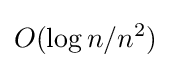
O(\log {n}/n^{2})